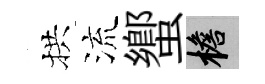
拱流蠁檐